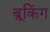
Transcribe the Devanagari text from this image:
ब्रूकिंग